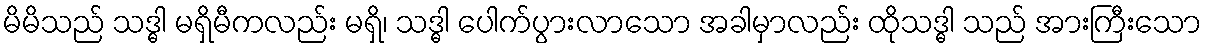
မိမိသည် သဒ္ဓါ မရှိမီကလည်း မရှိ၊ သဒ္ဓါ ပေါက်ပွားလာသော အခါမှာလည်း ထိုသဒ္ဓါ သည် အားကြီးသော